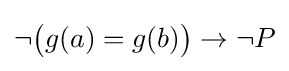
\neg {\big (}g(a)=g(b){\big )}\to \neg P